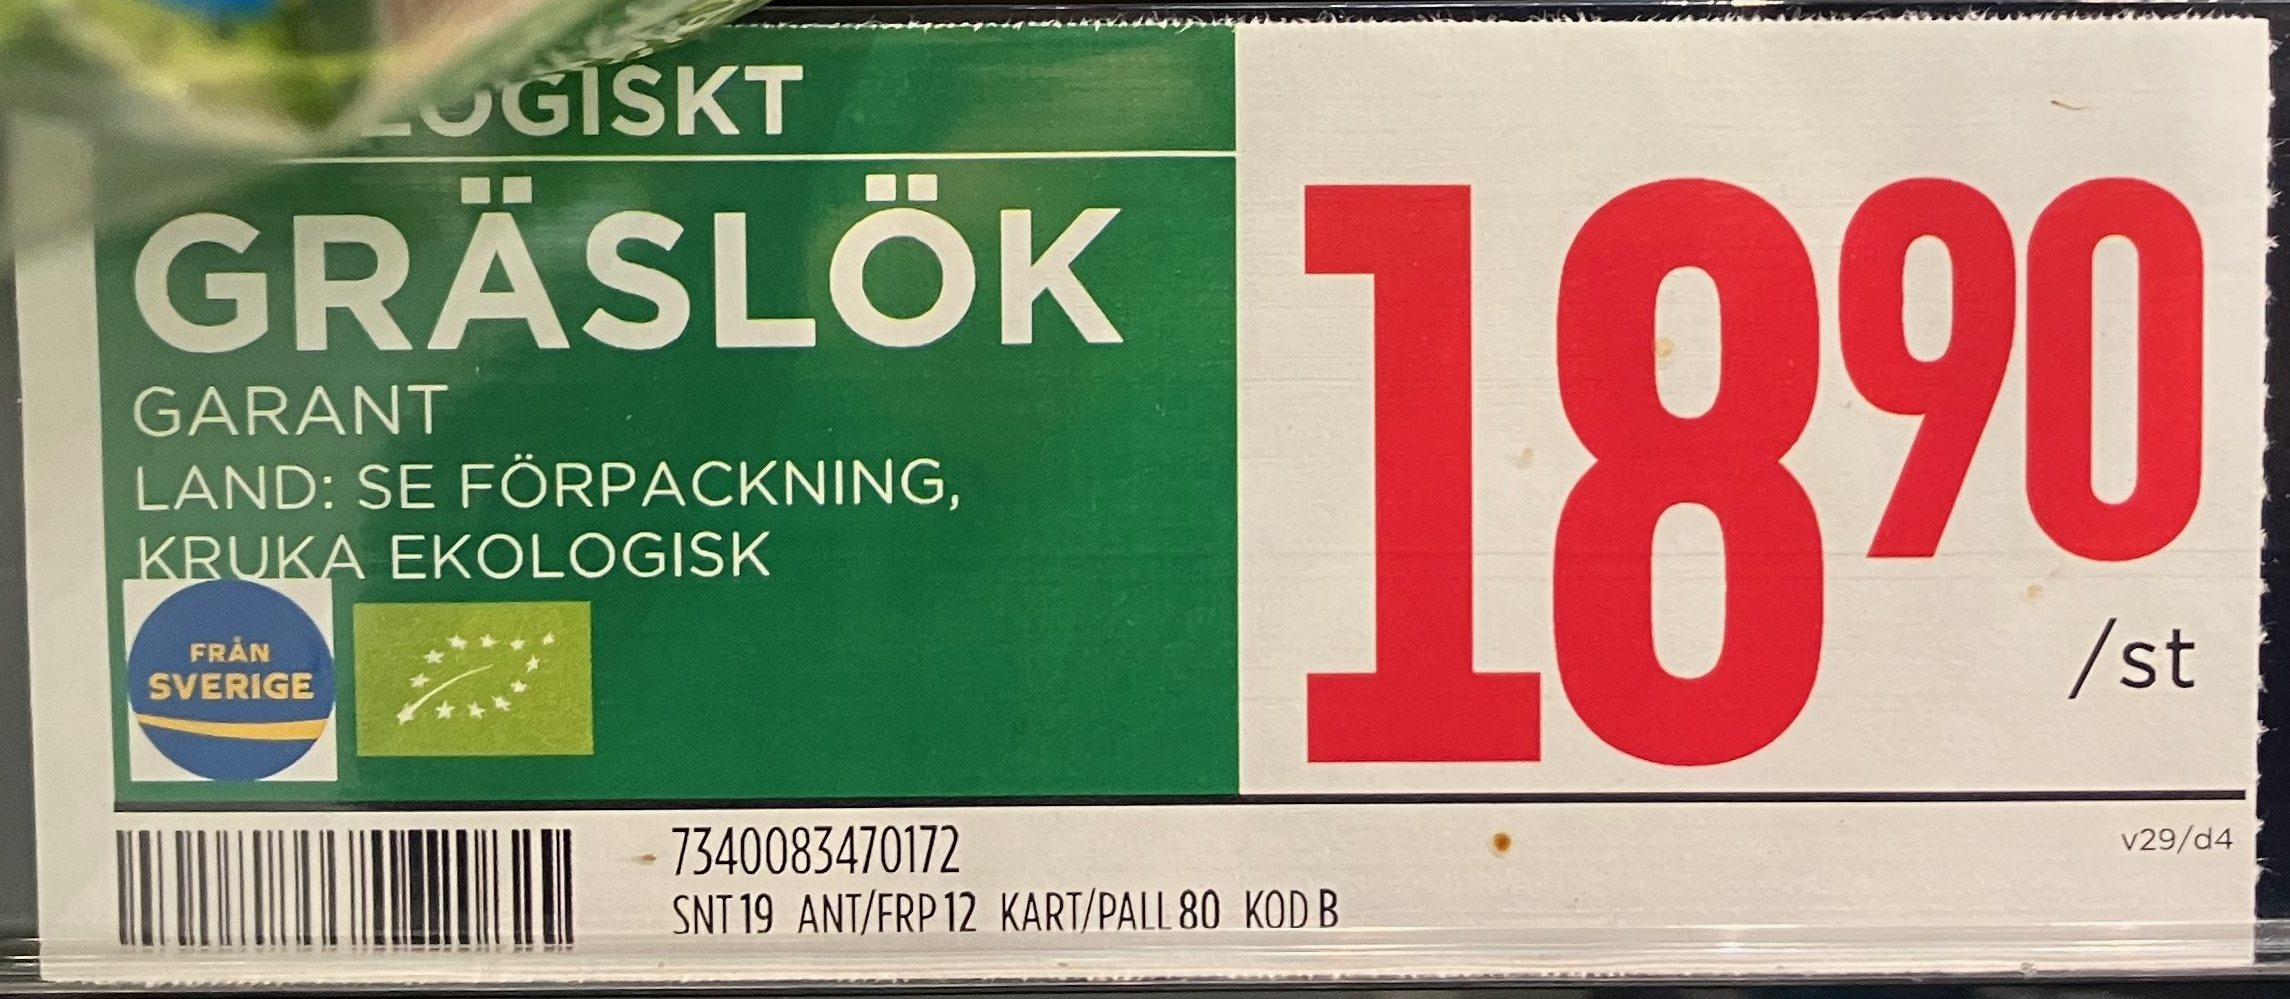
Vara: Gräslök
Genomsnittspris: 18.9 per st